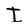
Character: I